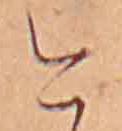
今